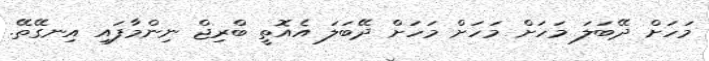
މަހަށް ދޭބަލަ މަަހަށް މަހަށް މަހަށް ދޭބަލަ އެއޮތީ ބްރިޖް ނިންމާަފައި އިނގޭތޭ.